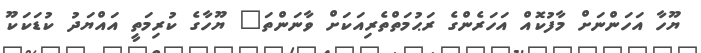
ޔޫހާ އަހަންނަށް މާފުކޮއް އަހަރެންގެ ރަޙުމަތްތެރިއަކަށް ވާނަންތަ" ޔޫހާގެ ކުރިމަތީ އައްޔަދު ކުޑަކަކޫ